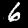
Digit: 6